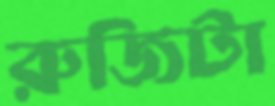
রুজিটা